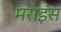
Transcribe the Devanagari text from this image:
मराइंस